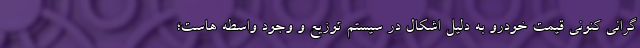
گرانی کنونی قیمت خودرو به دلیل اشکال در سیستم توزیع و وجود واسطه هاست؛